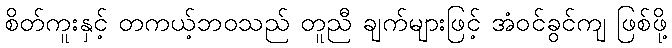
စိတ်ကူးနှင့် တကယ့်ဘဝသည် တူညီ ချက်များဖြင့် အံဝင်ခွင်ကျ ဖြစ်ဖို့